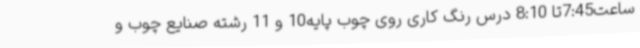
ساعت7:45تا 8:10 درس رنگ کاری روی چوب پایه10 و 11 رشته صنایع چوب و